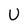
Character: U